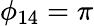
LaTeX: \phi_{14}=\pi